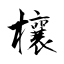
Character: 欀